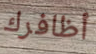
أظافرك